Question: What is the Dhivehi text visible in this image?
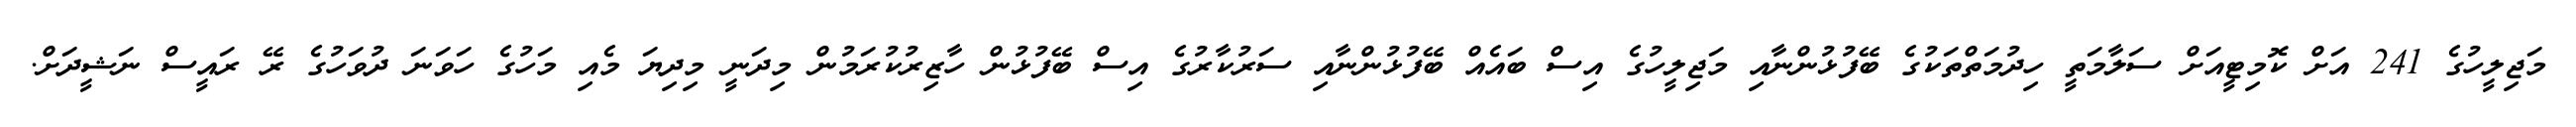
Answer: މަޖިލީހުގެ 241 އަށް ކޮމިޓީއަށް ސަލާމަތީ ހިދުމަތްތަކުގެ ބޭފުޅުންނާއި މަޖިލީހުގެ އިސް ބައެއް ބޭފުޅުންނާއި ސަރުކާރުގެ އިސް ބޭފުޅުން ހާޒިރުކުރަމުން މިދަނީ މިދިޔަ މެއި މަހުގެ ހަވަނަ ދުވަހުގެ ރޭ ރައީސް ނަޝީދަށް.